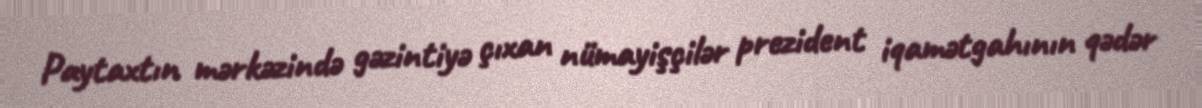
Paytaxtın mərkəzində gəzintiyə çıxan nümayişçilər prezident iqamətgahının qədər